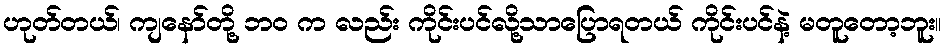
ဟုတ်တယ်၊ ကျနော်တို့ ဘ၀ က လည်း ကိုင်းပင်လို့သာပြောရတယ် ကိုင်းပင်နဲ့ မတူတော့ဘူး။